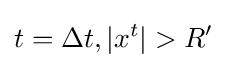
t=\Delta t,|x^{t}|>R'